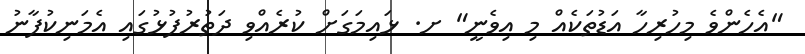
"އެހެންވެ މިހުރިހާ އަޑުތަކެއް މި އިވެނީ" ށ. ޅައިމަގަށް ކުރެއްވި ދަތުރުފުޅުގައި އެމަނިކުފާނު